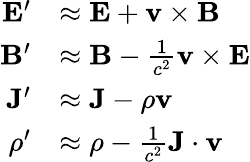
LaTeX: {\begin{array}{rl}{\mathbf{E}^{\prime}}&{\approx\mathbf{E}+\mathbf{v}\times\mathbf{B}}\\ {\mathbf{B}^{\prime}}&{\approx\mathbf{B}-{\frac{1}{c^{2}}}\mathbf{v}\times\mathbf{E}}\\ {\mathbf{J}^{\prime}}&{\approx\mathbf{J}-\rho\mathbf{v}}\\ {\rho^{\prime}}&{\approx\rho-{\frac{1}{c^{2}}}\mathbf{J}\cdot\mathbf{v}}\end{array}}